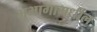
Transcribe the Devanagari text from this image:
भूभागामधील